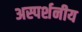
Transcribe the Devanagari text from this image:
अस्पर्शनीय